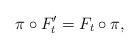
\begin{align*}\pi\circ F'_t=F_t\circ\pi,\end{align*}